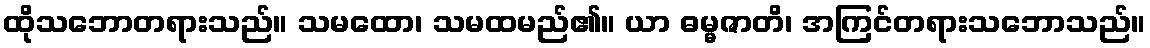
ထိုသဘောတရားသည်။ သမထော၊ သမထမည်၏။ ယာ ဓမ္မဇာတိ၊ အကြင်တရားသဘောသည်။